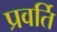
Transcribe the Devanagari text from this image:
प्रवर्ति